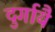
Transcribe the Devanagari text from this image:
दुर्गायै